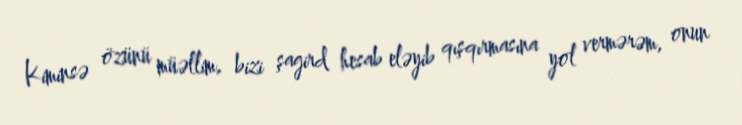
Kiminsə özünü müəllim, bizi şagird hesab eləyib qışqırmasına yol vermərəm, onun